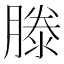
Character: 滕